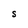
Character: S